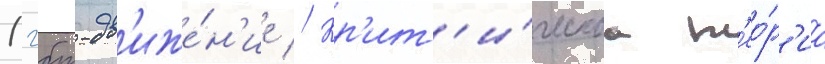
Лгбт-дв'иже́н'ие // Кр'ит'и́ческаа т'ео́р'иа